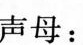
声母：